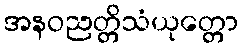
အနဝညတ္တိသံယုတ္တော